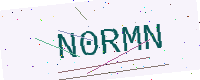
Text: N0RMN